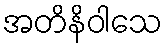
အတိနိဝါသေ